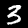
Label: 3